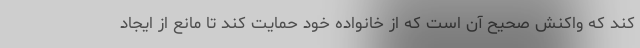
کند که واکنش صحیح آن است که از خانواده خود حمایت کند تا مانع از ایجاد